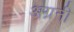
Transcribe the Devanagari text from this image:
अग्रनी